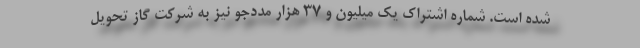
شده است. شماره اشتراک یک میلیون و ۳۷ هزار مددجو نیز به شرکت گاز تحویل